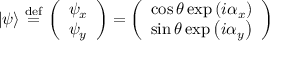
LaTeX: | \psi \rangle \ { \stackrel { \mathrm { d e f } } { = } } \ { \left( \begin{array} { l } { \psi _ { x } } \\ { \psi _ { y } } \end{array} \right) } = { \left( \begin{array} { l } { \cos \theta \exp \left( i \alpha _ { x } \right) } \\ { \sin \theta \exp \left( i \alpha _ { y } \right) } \end{array} \right) }